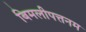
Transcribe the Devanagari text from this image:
बिमलीपत्तनम